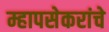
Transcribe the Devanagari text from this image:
म्हापसेकरांचे